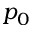
p _ { 0 }